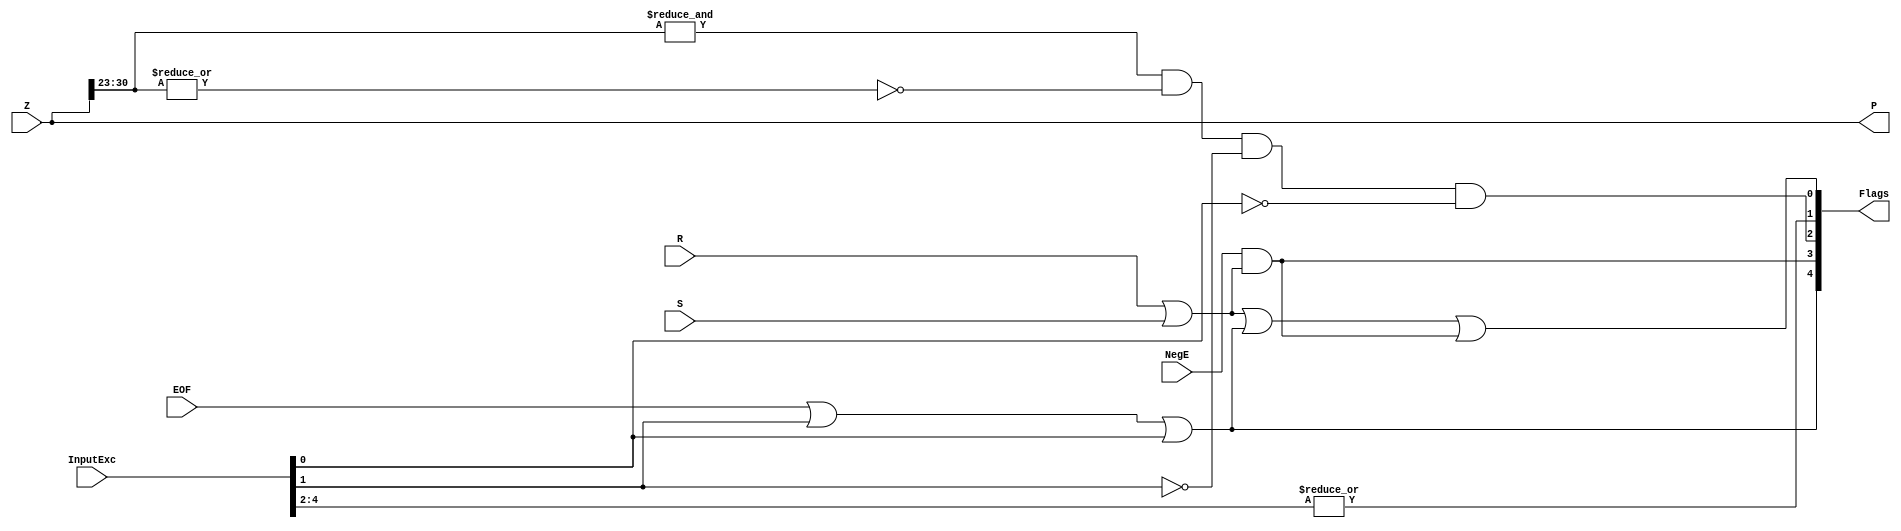
module ExceptionModule(
		Z,
		NegE,
		R,
		S,
		InputExc,
		EOF,
		P,
		Flags
    );
	 
	// Input ports
	input [31:0] Z	;					// Final product
	input NegE ;						// Negative exponent?
	input R ;							// Round bit
	input S ;							// Sticky bit
	input [4:0] InputExc ;			// Exceptions in inputs A and B
	input EOF ;
	
	// Output ports
	output reg [31:0] P ;					// Final result
	output reg [4:0] Flags ;				// Exception flags
	
	// Internal signals
	wire FSgn ;
	wire Overflow ;					// Overflow flag
	wire Underflow ;					// Underflow flag
	wire DivideByZero ;				// Divide-by-Zero flag (always 0 in Add/Sub)
	wire Invalid ;						// Invalid inputs or result
	wire Inexact ;						// Result is inexact because of rounding
	
	// Exception flags
	
	// Result is too big to be represented
	assign Overflow = EOF | InputExc[1] | InputExc[0] ;
	
	// Result is too small to be represented
	assign Underflow = NegE & (R | S);
	
	// Infinite result computed exactly from finite operands
	assign DivideByZero = &(Z[30:23]) & ~|(Z[30:23]) & ~InputExc[1] & ~InputExc[0];
	
	// Invalid inputs or operation
	assign Invalid = |InputExc[4:2] ;
	
	// Inexact answer due to rounding, overflow or underflow
	assign Inexact = (R | S) | Overflow | Underflow;
	
	// Put pieces together to form final result
	assign P = Z ;
	
	// Collect exception flags	
	assign Flags = {Overflow, Underflow, DivideByZero, Invalid, Inexact} ; 	
	
endmodule